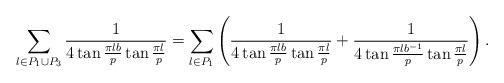
LaTeX: \begin{align*}\sum_{l\in P_1 \cup P_3}\frac{1}{4\tan \frac{\pi lb}{p}\tan\frac{\pi l}{p}}=\sum_{l\in P_1}\left(\frac{1}{4\tan \frac{\pi lb}{p}\tan\frac{\pi l}{p}}+\frac{1}{4\tan \frac{\pi lb^{-1}}{p}\tan\frac{\pi l}{p}}\right).\end{align*}